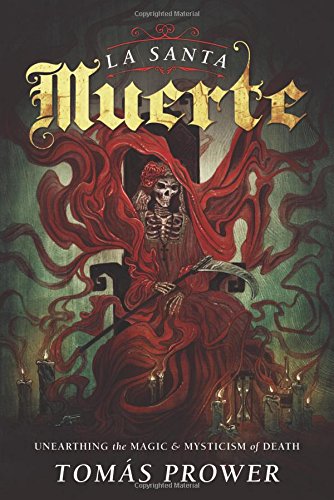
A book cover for La Santa Muerte: Unearthing the Magic & Mysticism of Death; TomÃ¡s Prower; Religion & Spirituality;